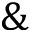
\&